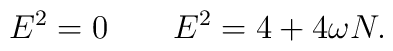
E^2 = 0 \qquad E^2 = 4 + 4\omega N.